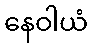
နေဝါယံ